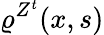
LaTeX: \varrho^{Z^{t}}(x,s)